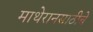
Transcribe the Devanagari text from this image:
माथेरानसाठीचे